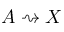
A \rightsquigarrow X